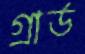
গ্রার্ড